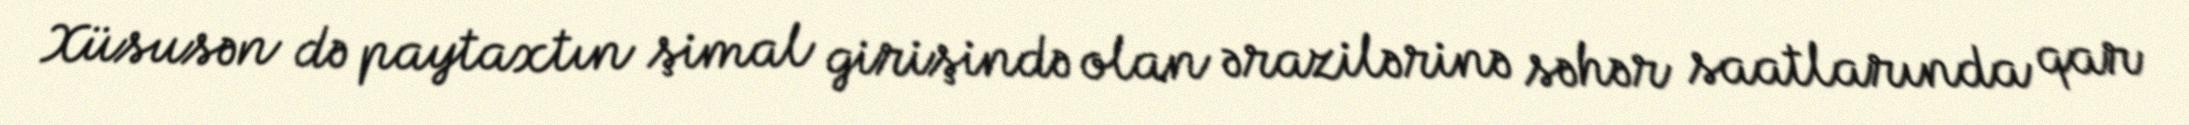
Xüsusən də paytaxtın şimal girişində olan ərazilərinə səhər saatlarında qar